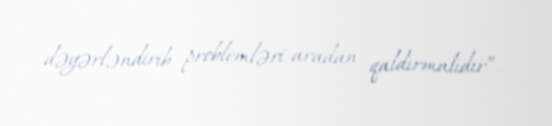
dəyərləndirib problemləri aradan qaldırmalıdır”.